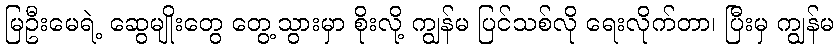
မြဦးမေရဲ့ ဆွေမျိုးတွေ တွေ့သွားမှာ စိုးလို့ ကျွန်မ ပြင်သစ်လို ရေးလိုက်တာ၊ ပြီးမှ ကျွန်မ